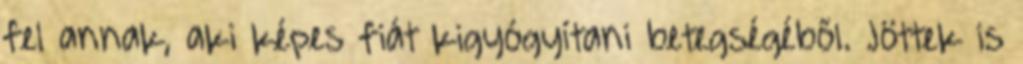
fel annak, aki képes fiát kigyógyítani betegségéből. Jöttek is